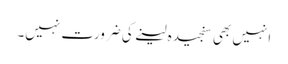
انہیں بھی سنجیدہ لینے کی ضرورت نہیں۔